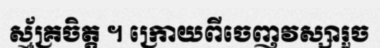
ស្ម័គ្រចិត្ត ។ ក្រោយពីចេញវស្សារួច